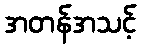
အတန်အသင့်